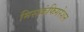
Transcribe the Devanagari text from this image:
मिसकंफिगरेशन